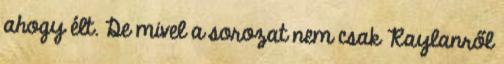
ahogy élt. De mivel a sorozat nem csak Raylanről